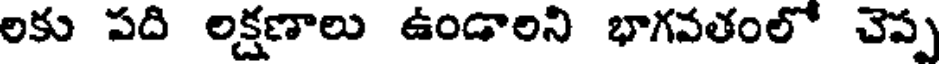
లకు పది లక్షణాలు ఉండాలని భాగవతంలో చెప్ప